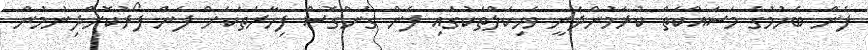
ފެން ބެހުމުގެ މަސައްކަތް ކުރަމުންދަނީ ވެހިކަލްތަކުގައި ފެން ގެންގޮސް ފިހާރަތަކަށް ފެން ފޯރުކޮށްދިނުމުން